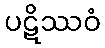
ပဋိဿဝံ